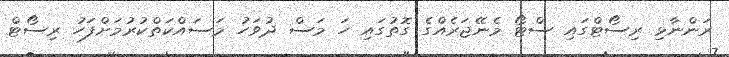
ރަންނާޅި ރިސޯޓްގައި ސްޓޯ މެނޭޖަރެއްގެ ގޮތުގައި ހަ މަސް ދުވަހު މަސައްކަތްކުރުމަށްފަހު ރިސޯޓް